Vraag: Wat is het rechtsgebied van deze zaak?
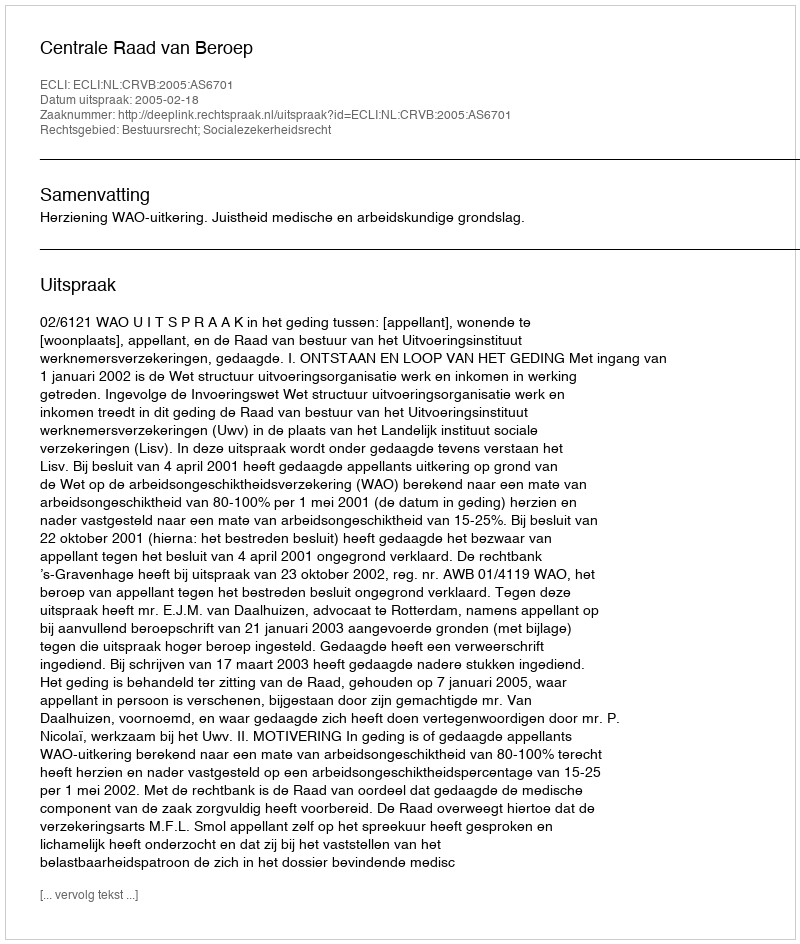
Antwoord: Bestuursrecht; Socialezekerheidsrecht